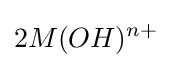
2M(OH)^{n+}